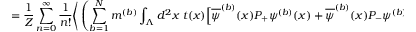
\; = \frac { 1 } { Z } \sum _ { n = 0 } ^ { \infty } \frac { 1 } { n ! } \Bigg \langle \left( \sum _ { b = 1 } ^ { N } m ^ { ( b ) } \int _ { \Lambda } d ^ { 2 } x \; t ( x ) \Big [ \overline { { { \psi } } } ^ { ( b ) } ( x ) P _ { + } \psi ^ { ( b ) } ( x ) + \overline { { { \psi } } } ^ { ( b ) } ( x ) P _ { - } \psi ^ { ( b ) } ( x ) \Big ] \right) ^ { n }